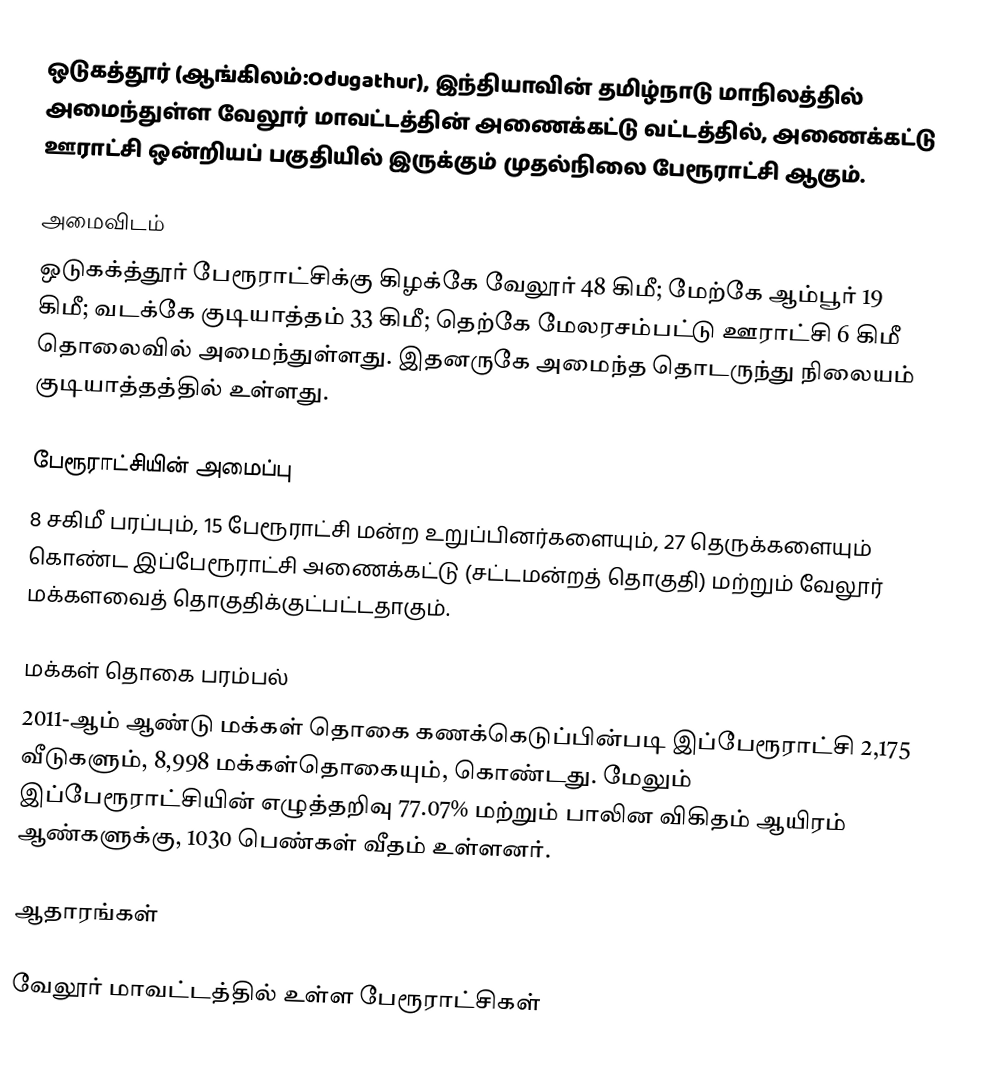
ஒடுகத்தூர் (ஆங்கிலம்:Odugathur), இந்தியாவின் தமிழ்நாடு மாநிலத்தில் அமைந்துள்ள வேலூர் மாவட்டத்தின் அணைக்கட்டு வட்டத்தில், அணைக்கட்டு ஊராட்சி ஒன்றியப் பகுதியில்  இருக்கும் முதல்நிலை பேரூராட்சி ஆகும்.

அமைவிடம்
ஒடுகக்த்தூர் பேரூராட்சிக்கு கிழக்கே வேலூர் 48 கிமீ; மேற்கே ஆம்பூர் 19 கிமீ; வடக்கே குடியாத்தம் 33 கிமீ; தெற்கே மேலரசம்பட்டு ஊராட்சி  6 கிமீ தொலைவில் அமைந்துள்ளது. இதனருகே அமைந்த தொடருந்து நிலையம் குடியாத்தத்தில் உள்ளது.

பேரூராட்சியின் அமைப்பு
8 சகிமீ பரப்பும், 15  பேரூராட்சி மன்ற உறுப்பினர்களையும், 27 தெருக்களையும்  கொண்ட இப்பேரூராட்சி அணைக்கட்டு (சட்டமன்றத் தொகுதி) மற்றும் வேலூர் மக்களவைத் தொகுதிக்குட்பட்டதாகும்.

மக்கள் தொகை பரம்பல்
2011-ஆம் ஆண்டு மக்கள் தொகை கணக்கெடுப்பின்படி இப்பேரூராட்சி 2,175   வீடுகளும், 8,998 மக்கள்தொகையும், கொண்டது. மேலும் இப்பேரூராட்சியின் எழுத்தறிவு 77.07% மற்றும் பாலின விகிதம் ஆயிரம் ஆண்களுக்கு, 1030 பெண்கள் வீதம் உள்ளனர்.

ஆதாரங்கள்

வேலூர் மாவட்டத்தில் உள்ள பேரூராட்சிகள்